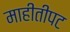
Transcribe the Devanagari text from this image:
माहीतीपट